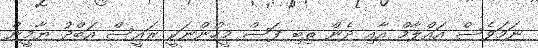
ނަމަވެސް އައްލާމް އާއި ދެން ތިބި ފަސް މީހުންނަކީ ރައީސް އަބްދު ޔާމީން